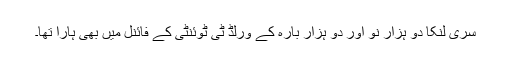
سری لنکا دو ہزار نو اور دو ہزار بارہ کے ورلڈ ٹی ٹوئنٹی کے فائنل میں بھی ہارا تھا۔